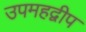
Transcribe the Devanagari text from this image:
उपमहद्वीप